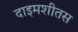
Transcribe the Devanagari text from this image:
दाइमशीतस